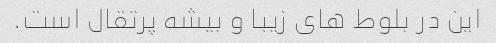
این در بلوط های زیبا و بیشه پرتقال است.